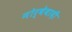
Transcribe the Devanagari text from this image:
नोर्वेवादी